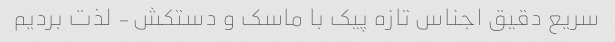
سریع دقیق اجناس تازه پیک با ماسک و دستکش- لذت بردیم